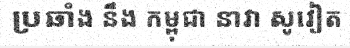
ប្រឆាំង នឹង កម្ពុជា នាវា សូវៀត